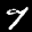
Label: 7